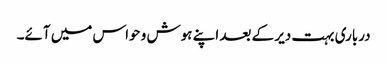
درباری بہت دیر کے بعد اپنے ہوش و حواس میں آئے۔